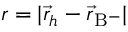
r = | \vec { r } _ { h } - \vec { r } _ { \mathrm { B } ^ { - } } |